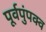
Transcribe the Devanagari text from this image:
पूर्वपुंपक्व